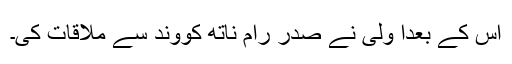
اس کے بعدا ولی نے صدر رام ناتھ کووند سے ملاقات کی۔